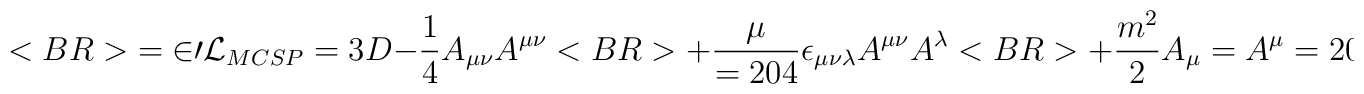
<BR>{\cal=20L}_{MCSP}=3D-{1\over 4}A_{\mu\nu }A^{\mu\nu }<BR>+{{\mu }\over=204}\epsilon_{\mu\nu\lambda }A^{\mu\nu }A^\lambda<BR>+{{m^2}\over 2}A_\mu =A^\mu=20,~~A_{\mu \nu }=3D\partial _\mu A_\nu -\partial _\nu A_\mu=20.<BR><BR>